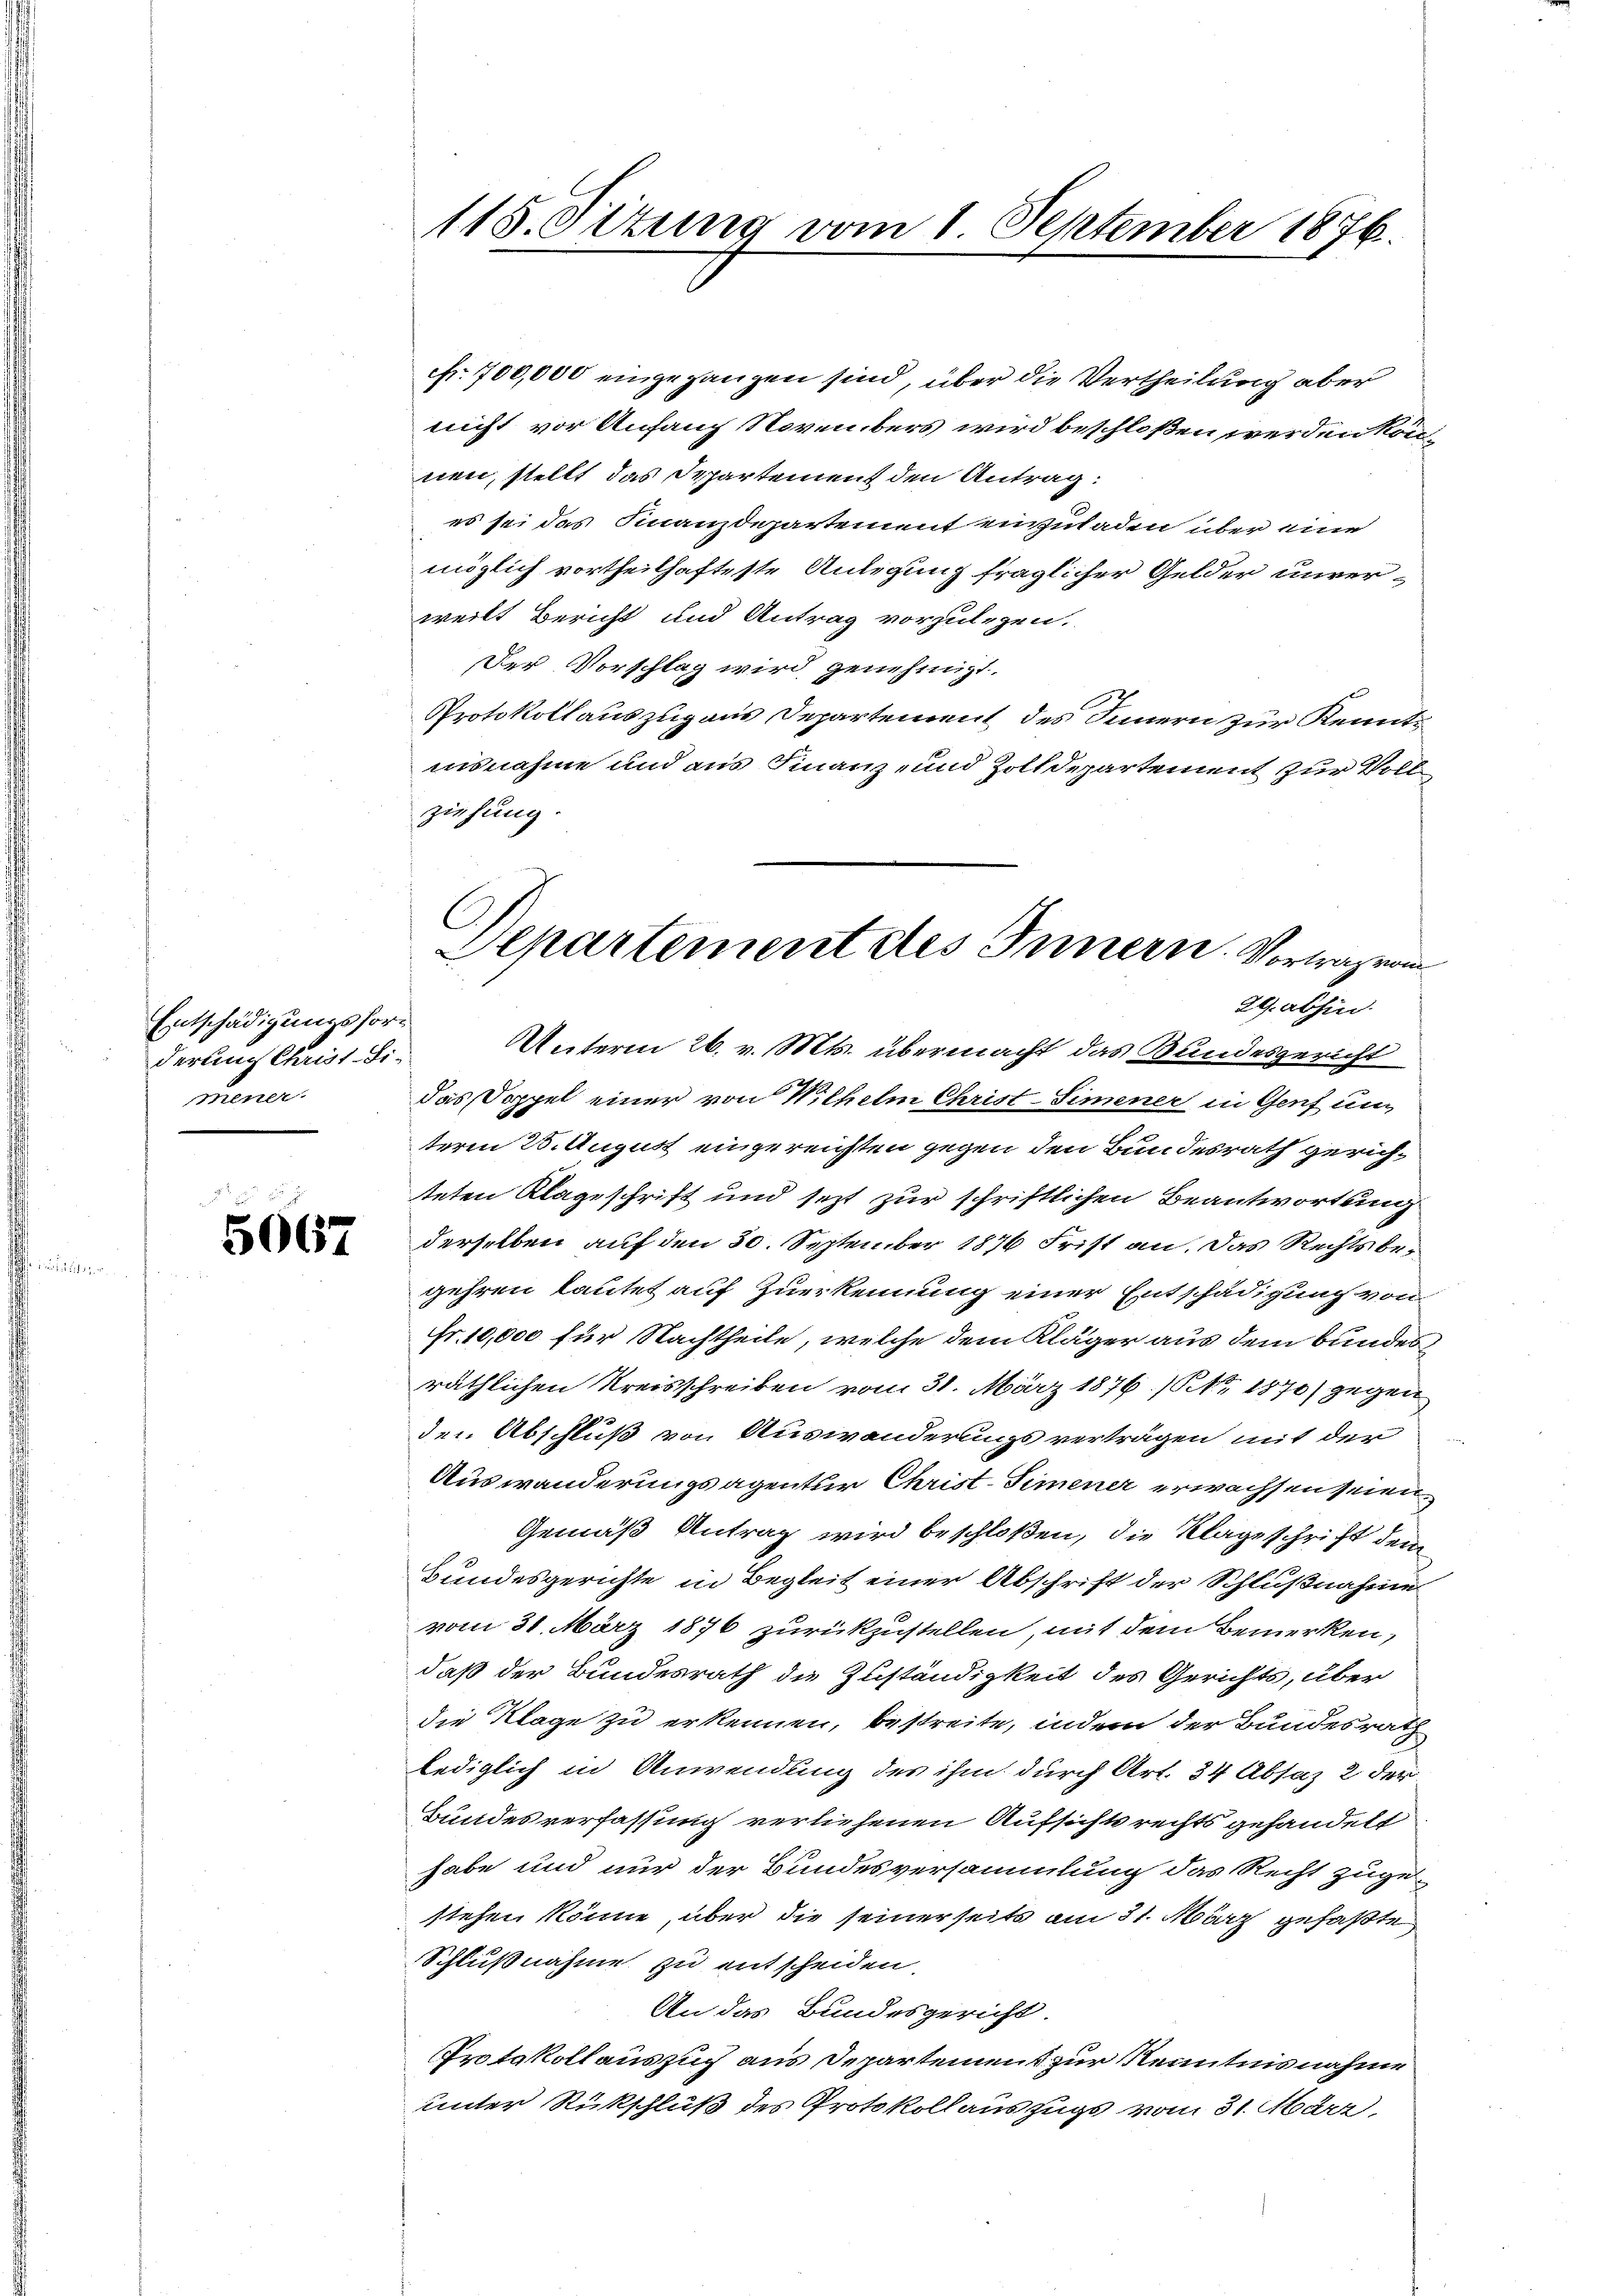
Entschädigungsforderung Christ-Si-
Mener:

5067

115. Situng vom 1. September 1876.

Departement des Innern. Vortragerin
29. abhin.
Unterm 26. v. Mts. übermacht das Bundesgericht

Nr. 700,000 eingegangen sind, über die Vertheilung aber
nicht vor Anfang Novembers wird beschloßen werden können, stellt das Departement den Antrag:
es sei das Finanzdepartement einzuladen über eine
möglich vortheilhafteste Antigung fraglicher Gelder unverweilt Bericht und Antrag vorzulegen.
Der Vorschlag wird genehmigt.
Protokollauszug aus Departement des Innern zur Kennt
nisnahme und aus Finanz- und Zolldepartement zur Voll
ziehung.
das Doppel einer von Wilhelm Christ-Simener in Genf un
teren 25. August eingereichten gegen den Bundesrath gerichteten Klageschrift und jezt zur schriftlichen Beantwortung
derselben auf den 30. September 1876 Frist an. Das Rechts begehren lautet auf Zuerkennung einer Entschädigung von
Fr. 10,000 für Nachtheile, welche dem Kläger aus dem bundesräthlichen Kreisschreiben vom 31. März 1876. (Nr. 1870) gegen
den Abschluß von Auswanderungsverträgen mit der
Auswanderungsagentur Christ-Simmener erwachsen seien.
Gemäß Antrag wird beschloßen, die Klage schrift dem
Bundesgerichte in Begleit einer Abschrift der Schlußnahme
vom 31. März 1876 zurückzustellen, mit dem Bemerken,
daß der Bundesrath die Zuständigkeit des Gerichts, über
die Klage zu erkennen, bestreite, indem der Bundesrath
lediglich in Anwendung des ihm durch Art. 24 Absaz 2 der
Bundesverfassung verliehenen Aufsichts rechts gehandelt
habe und nur der Bundesversammlung das Recht zugestehen könne, über die seinerseits am 31. März gefaßte
Schlußnahme zu entscheiden.
An das Bundesgericht
Protokollauszug aus Departement zur Kenntnisnahme
unter Rückschluß des Protokoll auszugs vom 31. März